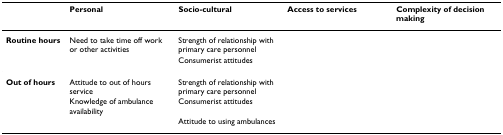
<table><thead><tr><td>[EMPTY_CELL]</td><td><b>Personal</b></td><td><b>Socio-cultural</b></td><td><b>Access to services</b></td><td><b>Complexity of decision making</b></td></tr></thead><tbody><tr><td><b>Routine hours</b></td><td>Need to take time off work or other activities</td><td>Strength of relationship with primary care personnel</td><td>[EMPTY_CELL]</td><td>[EMPTY_CELL]</td></tr><tr><td>[EMPTY_CELL]</td><td>[EMPTY_CELL]</td><td>Consumerist attitudes</td><td>[EMPTY_CELL]</td><td>[EMPTY_CELL]</td></tr><tr><td><b>Out of hours</b></td><td>Attitude to out of hours service</td><td>Strength of relationship with primary care personnel</td><td>[EMPTY_CELL]</td><td>[EMPTY_CELL]</td></tr><tr><td>[EMPTY_CELL]</td><td>Knowledge of ambulance availability</td><td>Consumerist attitudes</td><td>[EMPTY_CELL]</td><td>[EMPTY_CELL]</td></tr><tr><td>[EMPTY_CELL]</td><td>[EMPTY_CELL]</td><td>Attitude to using ambulances</td><td>[EMPTY_CELL]</td><td>[EMPTY_CELL]</td></tr></tbody></table>